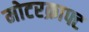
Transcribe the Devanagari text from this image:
मोटरक्राफ्ट